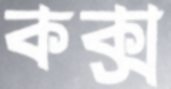
কক্স